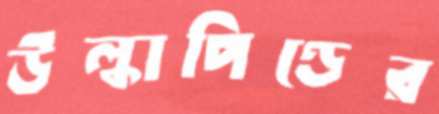
উল্কাপিণ্ডের